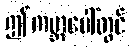
ဤကမ္ဘာပေါ်တွင်